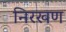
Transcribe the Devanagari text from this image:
निरखण